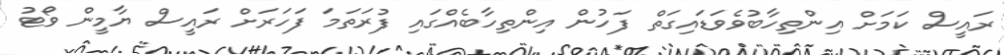
ރައީސް ކަމަށް އިންތިހާބުވެވަޑައިގަތް ފަހުން އިންތިހާބެއްގައި ފުރަތަމަ ފަހަރަށް ރައީސް ޔާމީން ވޯޓު